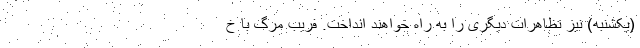
(یکشنبه) نیز تظاهرات دیگری را به راه خواهند انداخت. فریب مرگ با خ